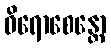
ဝိရောစေန္တော